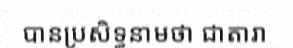
បានប្រសិទ្ធនាមថា ជាតារា